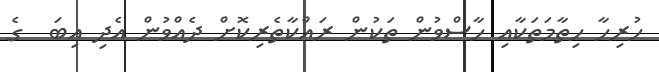
ހުރިހާ ހިތާމަތަކާއި ހާސްވުން ތަކުން ރައްކާތެރިކޮށް ދެއްވުން އެދި އިބަ  ގެ